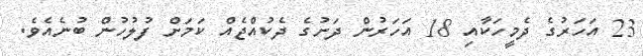
23 އަހަރުގެ ދެމީހަކާއި 18 އަހަރުން ދަށުގެ ދެކުއްޖެއް ކަމަށް ފުލުހުން ބުނެއެވެ.